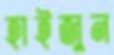
হাইজুন